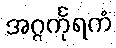
အဂ္ဂင်္ကုရကံ